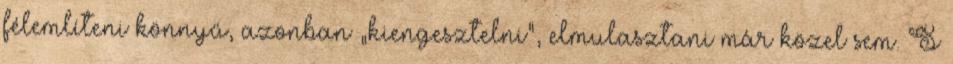
félemlíteni könnyű, azonban „kiengesztelni”, elmulasztani már közel sem. S